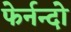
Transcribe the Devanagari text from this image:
फेर्नन्दो